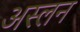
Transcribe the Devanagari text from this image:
अस्लन